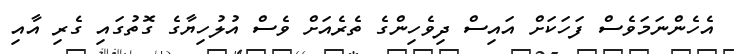
އެހެންނަމަވެސް ފަހަކަށް އައިސް ދިވެހިންގެ ތެރެއަށް ވެސް އުލުހިޔާގެ ގޮތުގައި ގެރި އާއި